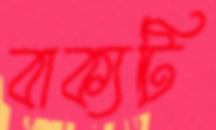
বাক্যটি